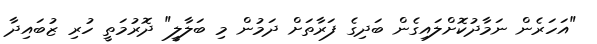
"އަހަރެން ނަމާދުކޮށްލައިގެން ބަދިގެ ފަރާތަށް ދަމުން މި ބަލާލީ" ދޮރުމަތީ ހުރި ޒުބައިދާ